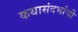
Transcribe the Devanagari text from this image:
कथासंदर्भांची